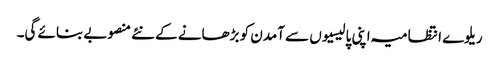
ریلوے انتظامیہ اپنی پالیسیوں سے آمدن کو بڑھانے کے نئے منصوبے بنائے گی۔